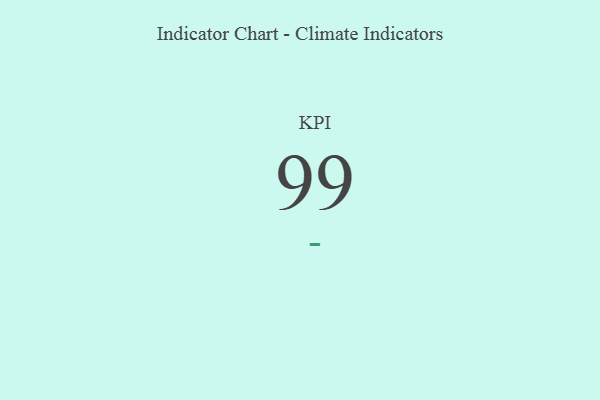
{"axis": {"x": "KPI", "y": "Value"}, "legend": [""], "data": [{"x": "KPI", "y": 99, "type": ""}]}